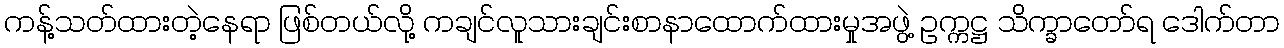
ကန့်သတ်ထားတဲ့နေရာ ဖြစ်တယ်လို့ ကချင်လူသားချင်းစာနာထောက်ထားမှုအဖွဲ့ ဥက္ကဋ္ဌ သိက္ခာတော်ရ ဒေါက်တာ